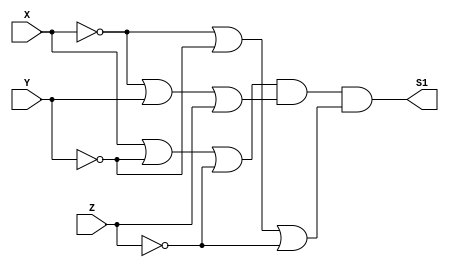
// ---------------------
// TRUTH TABLE
// Nome: marcos antonio lommez Candido Ribeiro
// 17/09/2022
// ---------------------

module FXYZ (output S1, input X, input Y, input Z);
assign S1 = ( X | ~Y | ~Z ) & (~X | Y | Z) & ( ~X | ~Y | ~Z );
endmodule // FXYZ


// ---------------------
// -- test_module
// ---------------------
module test_module;
    reg X, Y, Z;
    wire S1;

    // instancias
    FXYZ FXYZ1 (S1, X, Y, Z);
    
    // valores iniciais
    initial 
        begin: start
            X=1'bx; // indefinidos
            Y=1'bx; // indefinidos
            Z=1'bx; // indefinidos
        end

    // parte principal
    initial 
        begin: main
            // identificacao
            $display("Ex07 - Marcos Antonio Lommez - 771157");

            // monitoramento
            $display("\n");
            $display(" XYZ = ");
            $monitor(" %b%b%b =   %b", X, Y, Z, S1);
            
            
            // sinalizacao
            #1 X=0; Y=0; Z=0;
            #1 X=0; Y=0; Z=1;
            #1 X=0; Y=1; Z=0;
            #1 X=0; Y=1; Z=1;
            #1 X=1; Y=0; Z=0;
            #1 X=1; Y=0; Z=1;
            #1 X=1; Y=1; Z=0;
            #1 X=1; Y=1; Z=1;
        end
endmodule // test_module